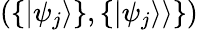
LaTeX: (\{ |\psi_{j}\rangle\} ,\{ |\psi_{j}\rangle\rangle\} )